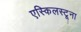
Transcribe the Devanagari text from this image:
एस्किलस्टूना